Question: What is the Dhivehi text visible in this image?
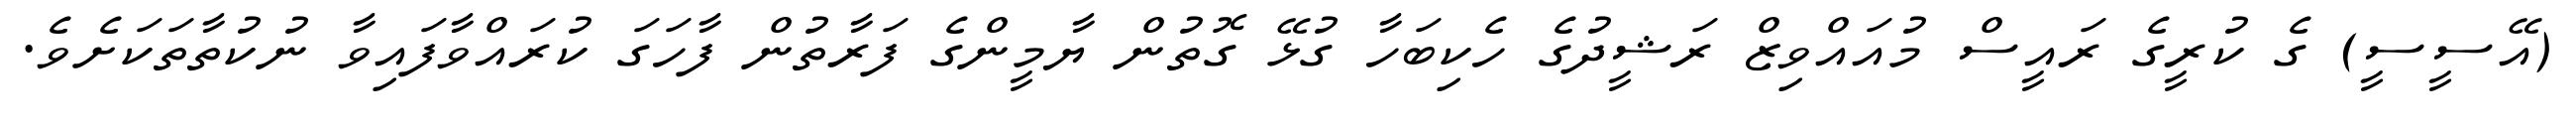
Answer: (އޭސީސީ) ގެ ކުރީގެ ރައީސް މުއައްވިޒް ރަޝީދުގެ ހެކިބަހާ ގުޅޭ ގޮތުން ޔާމީންގެ ފަރާތުން ފާހަގަ ކުރައްވާފައިވާ ނުކުތާތަކަށެވެ.